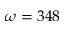
\omega = 3 4 8